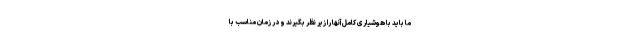
ما باید با هوشیاری کامل آنها را زیر نظر بگیرند و در زمان مناسب با